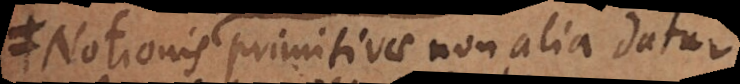
primitivae non alia datur